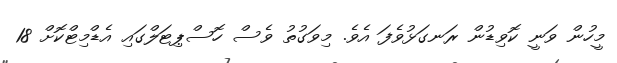
މީހުން ވަނީ ކޮވިޑުން ރަނގަޅުވެފަ އެވެ. މިވަގުތު ވެސް ހޮސްޕިޓަލްގައި އެޑްމިޓްކޮށް 18